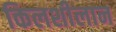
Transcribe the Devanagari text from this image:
किलशीलान